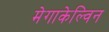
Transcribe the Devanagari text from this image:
मेगाकेल्विन